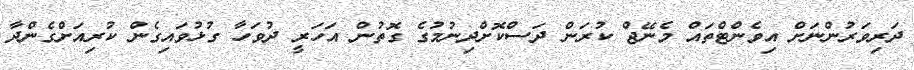
ދަރިވަރުންނަށް އިވެންޓްތައް މެނޭޖް ކުރަން ދަސްކޮށްދިނުމުގެ ގޮތުން އަހަރީ ދުވަހާ ގުޅުވައިގެން ކުރިއަށްގެންދާ